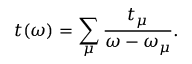
t ( \omega ) = \sum _ { \mu } \frac { t _ { \mu } } { \omega - \omega _ { \mu } } .